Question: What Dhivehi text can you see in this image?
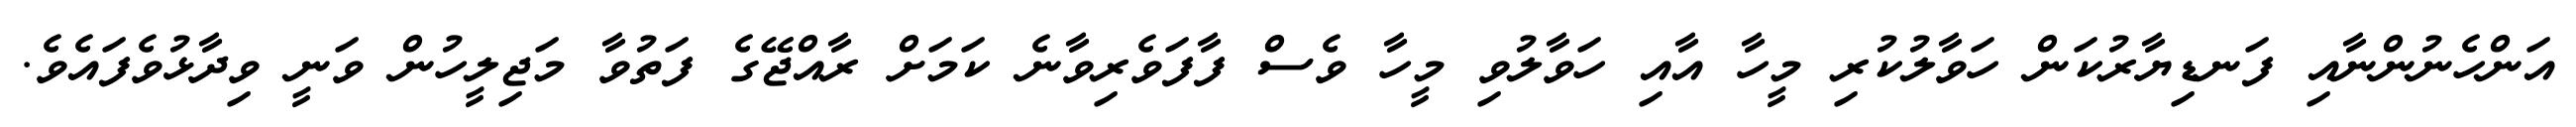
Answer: އަންހެނުންނާއި ފަނޑިޔާރުކަން ހަވާލުކުރި މީހާ އާއި ހަވާލުވި މީހާ ވެސް ފާފަވެރިވާނެ ކަމަށް ރާއްޖޭގެ ފަތުވާ މަޖިލީހުން ވަނީ ވިދާޅުވެފައެވެ.